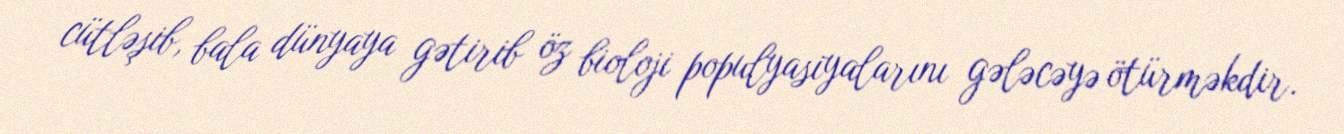
cütləşib, bala dünyaya gətirib öz bioloji populyasiyalarını gələcəyə ötürməkdir.